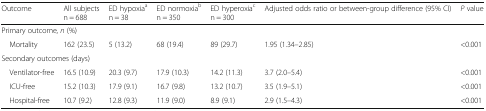
| Outcome | All subjectsn = 688 | ED hypoxiaan = 38 | ED normoxiabn = 350 | ED hyperoxiacn = 300 | Adjusted odds ratio or between-group difference (95% CI) | P value |
 | --- | --- | --- | --- | --- | --- | --- |
 | <COLSPAN=7> Primary outcome, n (%) |
 | Mortality | 162 (23.5) | 5 (13.2) | 68 (19.4) | 89 (29.7) | 1.95 (1.34–2.85) | <0.001 |
 | <COLSPAN=7> Secondary outcomes (days) |
 | Ventilator-free | 16.5 (10.9) | 20.3 (9.7) | 17.9 (10.3) | 14.2 (11.3) | 3.7 (2.0–5.4) | <0.001 |
 | ICU-free | 15.2 (10.3) | 17.9 (9.1) | 16.7 (9.8) | 13.2 (10.7) | 3.5 (1.9–5.1) | <0.001 |
 | Hospital-free | 10.7 (9.2) | 12.8 (9.3) | 11.9 (9.0) | 8.9 (9.1) | 2.9 (1.5–4.3) | <0.001 |